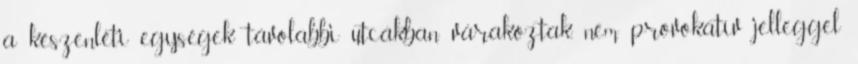
a készenléti egységek távolabbi utcákban várakoztak, nem provokatív jelleggel